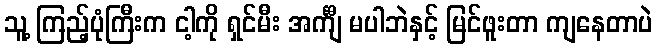
သူ့ ကြည့်ပုံကြီးက ငါ့ကို ရှင်မီး အင်္ကျီ မပါဘဲနှင့် မြင်ဖူးတာ ကျနေတာပဲ